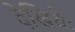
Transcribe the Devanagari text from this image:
देखियेः